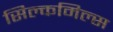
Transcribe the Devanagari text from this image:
सिल्कमिल्स